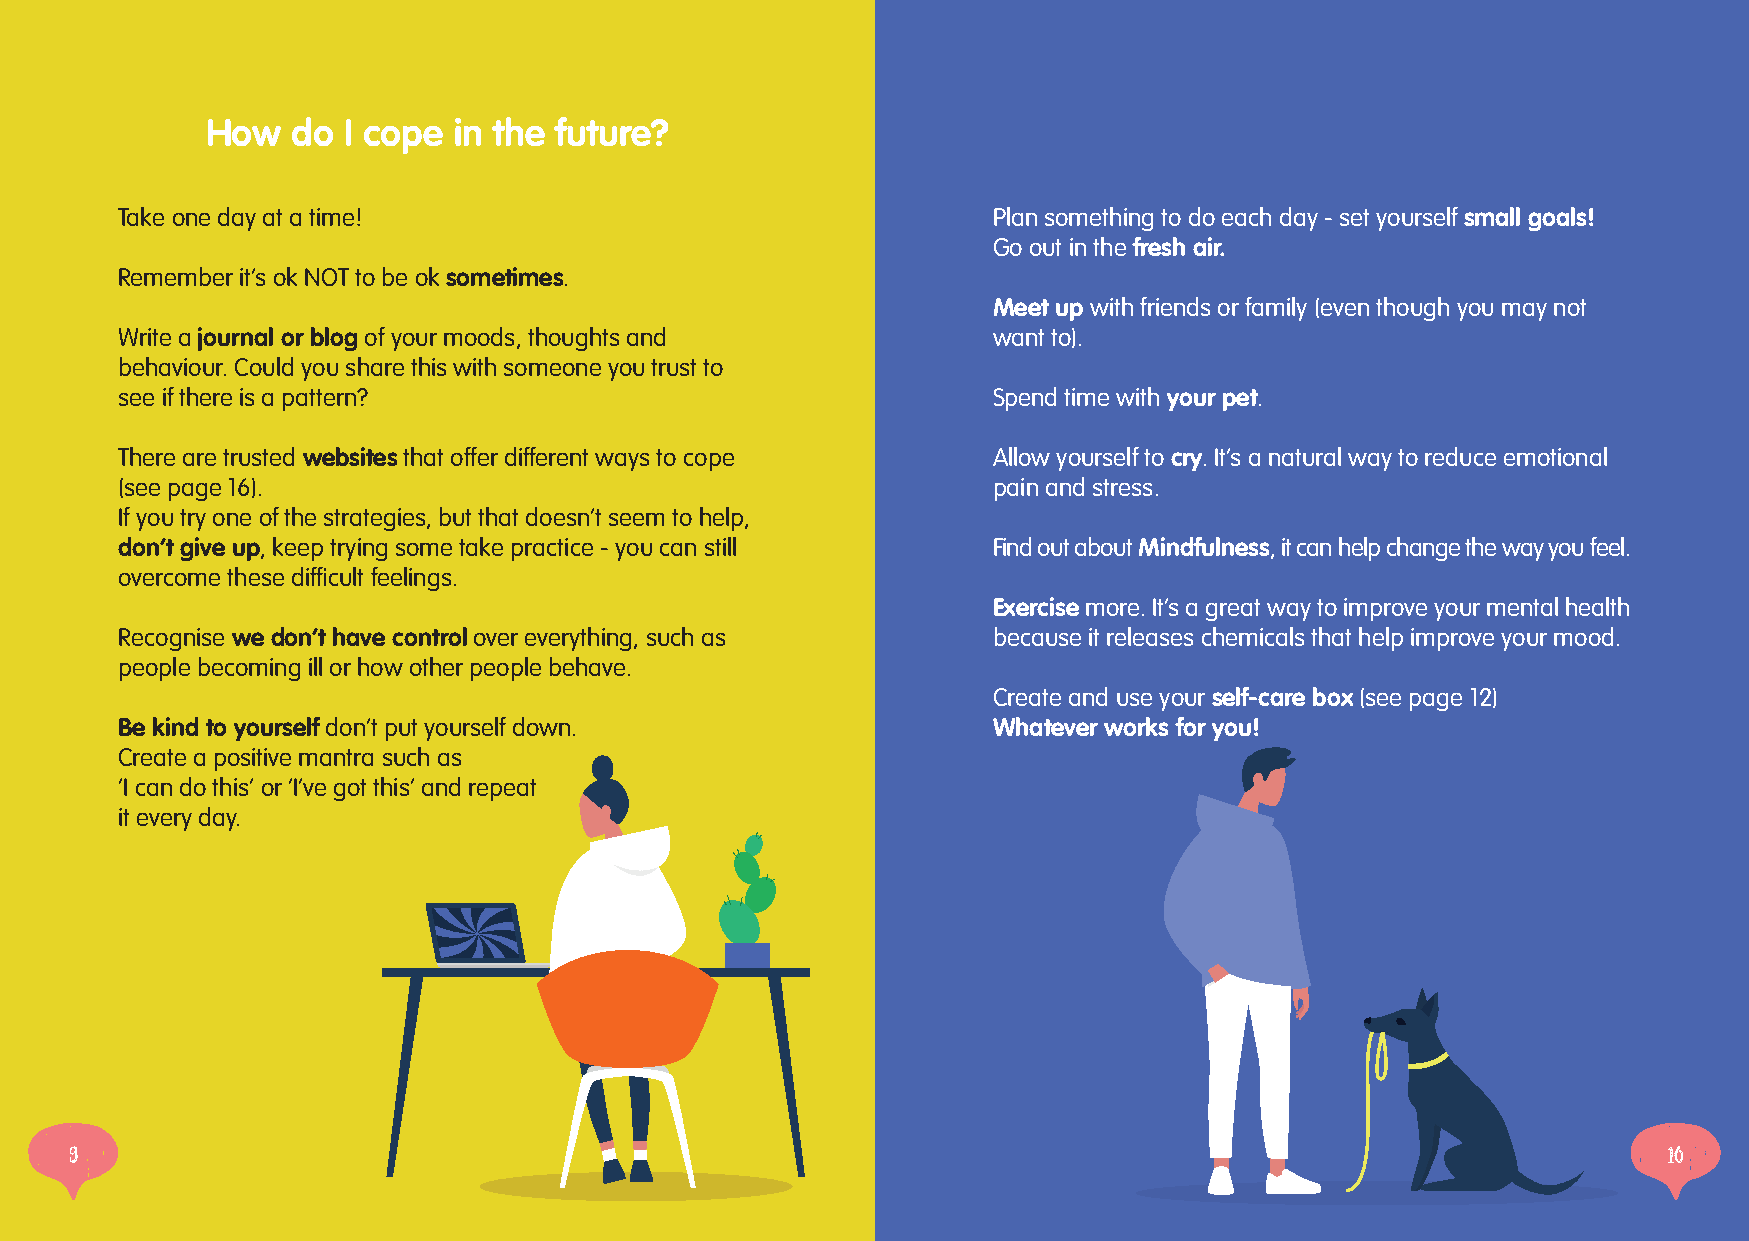
How  do  I cope in the future?
 Take one day at a time!                                   Plan something to do each day - set yourself small goals!
 Go out in the fresh air.
 Remember it’s ok NOT to be ok sometimes.
 Meet up with friends or family (even though you may not
 Write a journal or blog of your moods, thoughts and       want to).
 behaviour. Could you share this with someone you trust to
 see if there is a pattern?                                Spend time with your pet.
 There are trusted websites that offer different ways to cope Allow yourself to cry. It’s a natural way to reduce emotional
 (see page 16).                                            pain and stress.
 If you try one of the strategies, but that doesn’t seem to help,
 don’t give up, keep trying some take practice - you can still Find out about Mindfulness, it can help change the way you feel.
 overcome these difficult feelings.
 Exercise more. It’s a great way to improve your mental health
 Recognise we don’t have control over everything, such as  because it releases chemicals that help improve your mood.
 people becoming ill or how other people behave.
 Create and use your self-care box (see page 12)
 Be kind to yourself don’t put yourself down.              Whatever works for you!
 Create a positive mantra such as
 ‘I can do this’ or ‘I’ve got this’ and repeat
 it every day.
 9                                                                                                        10